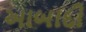
આબાદી